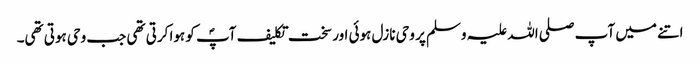
اتنے میں آپ صلی اللہ علیہ وسلم پر وحی نازل ہوئی اور سخت تکلیف آپؐ کو ہوا کرتی تھی جب وحی ہوتی تھی۔